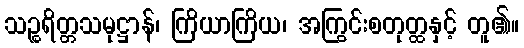
သဉ္စရိတ္တသမုဋ္ဌာန်၊ ကြိယာကြိယ၊ အကြွင်းစတုတ္ထနှင့် တူ၏။